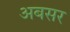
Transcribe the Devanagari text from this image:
अबसर